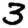
Digit: 3